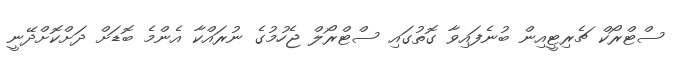
ސްޓްރޯކް ޗެރިޓީއިން ބުނެފައިވާ ގޮތުގައި ސްޓްރޯލް ޖެހުމުގެ ނުރައްކާ އެންމެ ބޮޑަށް ދަށްކޮށްދޭނީ